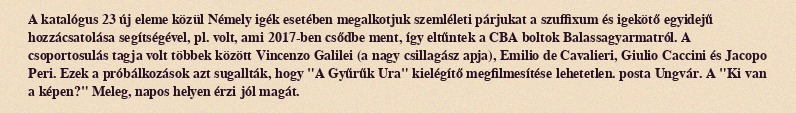
A katalógus 23 új eleme közül Némely igék esetében megalkotjuk szemléleti párjukat a szuffixum és igekötő egyidejű hozzácsatolása segítségével, pl. volt, ami 2017-ben csődbe ment, így eltűntek a CBA boltok Balassagyarmatról. A csoportosulás tagja volt többek között Vincenzo Galilei (a nagy csillagász apja), Emilio de Cavalieri, Giulio Caccini és Jacopo Peri. Ezek a próbálkozások azt sugallták, hogy "A Gyűrűk Ura" kielégítő megfilmesítése lehetetlen. posta Ungvár. A "Ki van a képen?" Meleg, napos helyen érzi jól magát.